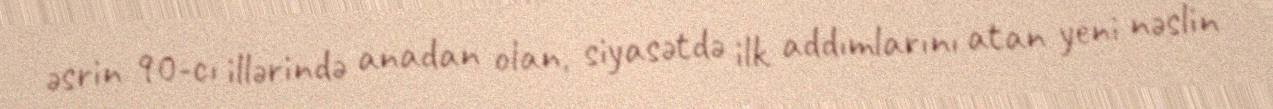
əsrin 90-cı illərində anadan olan, siyasətdə ilk addımlarını atan yeni nəslin